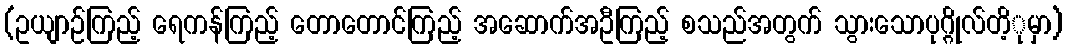
(ဥယျာဉ်ကြည့် ရေကန်ကြည့် တောတောင်ကြည့် အဆောက်အဦကြည့် စသည်အတွက် သွားသောပုဂ္ဂိုလ်တိ့ုမှာ)